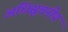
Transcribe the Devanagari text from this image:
अधिसूचनीय